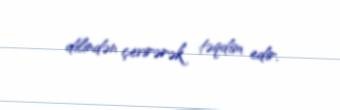
dilindən çevirərək təqdim edir.